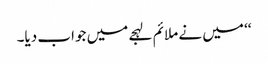
‘‘ میں نے ملائم لہجے میں جواب دیا۔